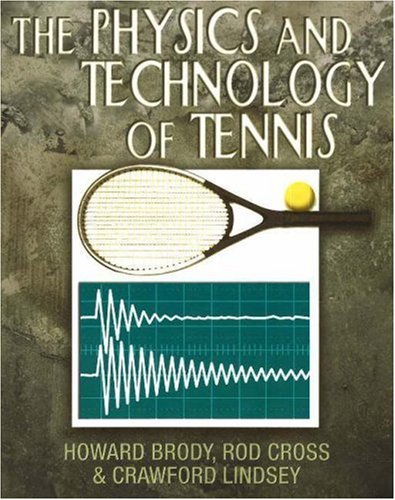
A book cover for The Physics and Technology of Tennis; Howard Brody; Sports & Outdoors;